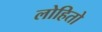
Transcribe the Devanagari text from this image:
लोहितो